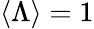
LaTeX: \langle\Lambda\rangle=1